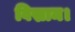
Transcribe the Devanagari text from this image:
विस्राम।